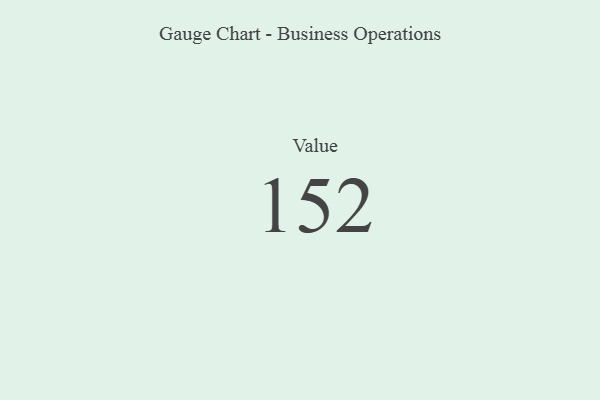
{"axis": {"x": "Metric", "y": "Value"}, "legend": [""], "data": [{"x": "Value", "y": 152, "type": ""}]}